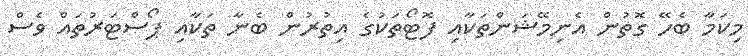
މިކަމާ ބެހޭ ގޮތުން އެނިމޭޝަންތަކާއި ފޮޓޯތަކުގެ އިތުރުން ބެނާ ތަކާއި ޕޯސްޓަރުތައް ވެސް